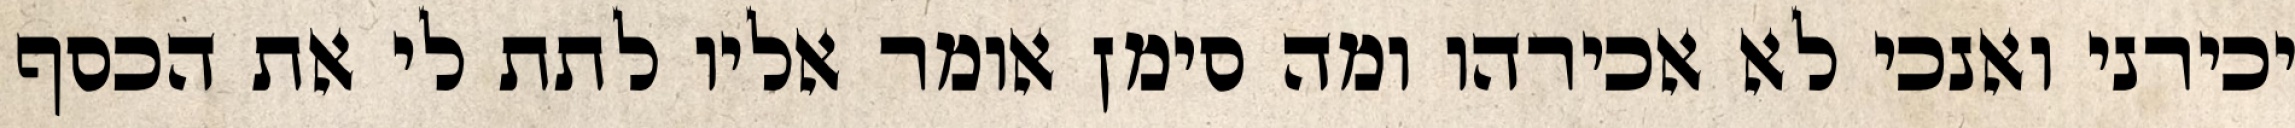
יכירני ואנכי לא אכירהו ומה סימן אומר אליו לתת לי את הכסף